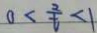
0 < \frac { 2 } { t } < 1